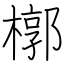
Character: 槨